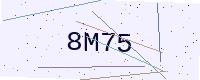
Text: 8M75